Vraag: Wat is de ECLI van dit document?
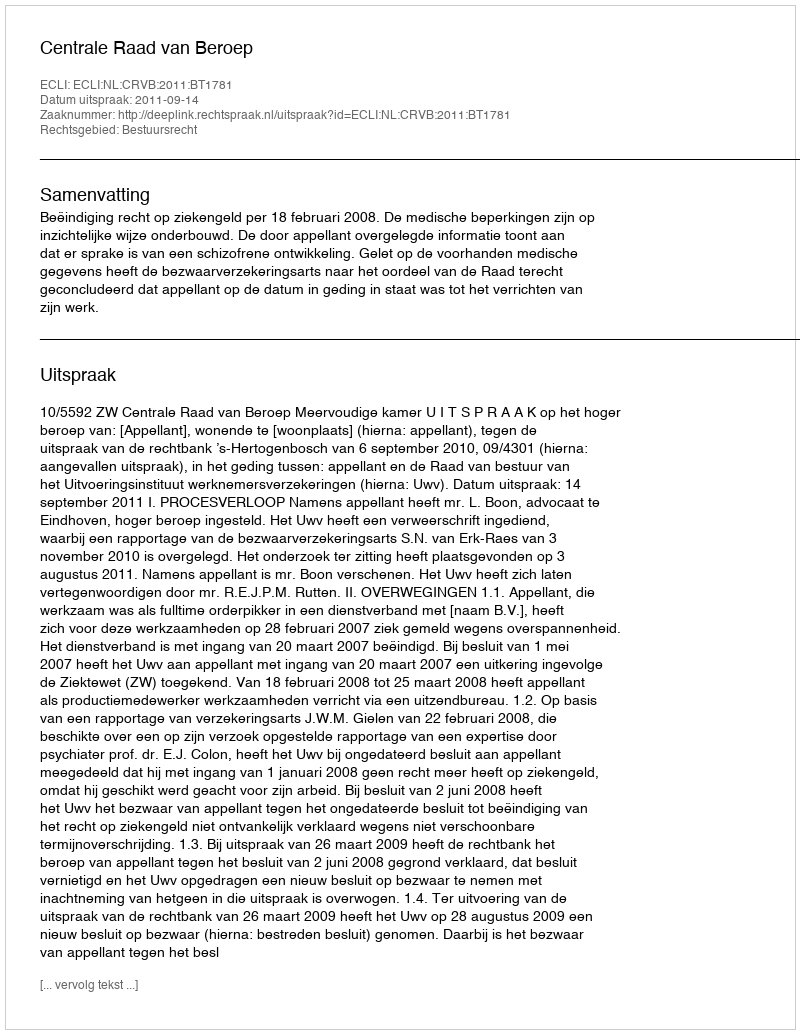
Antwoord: ECLI:NL:CRVB:2011:BT1781